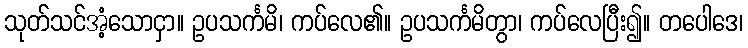
သုတ်သင်အံ့သောငှာ။ ဥပသင်္ကမိ၊ ကပ်လေ၏။ ဥပသင်္ကမိတွာ၊ ကပ်လေပြီး၍။ တပေါဒေ၊